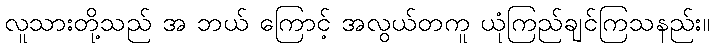
လူသားတို့သည် အ ဘယ် ကြောင့် အလွယ်တကူ ယုံကြည်ချင်ကြသနည်း။